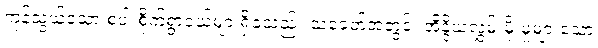
ကုန်သွယ်သော စပါးစိုက်ရွာငယ်များရှိခဲ့သည်။ သံခေတ်အတွင်း အိန္ဒိယလွှမ်းမိုးမှုများသော